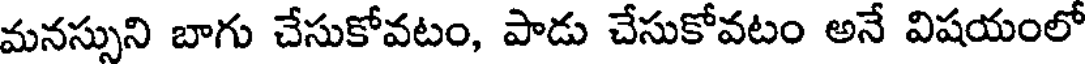
మనస్సుని బాగు చేసుకోవటం, పాడు చేసుకోవటం అనే విషయంలో